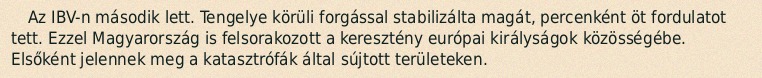
Az IBV-n második lett. Tengelye körüli forgással stabilizálta magát, percenként öt fordulatot tett. Ezzel Magyarország is felsorakozott a keresztény európai királyságok közösségébe. Elsőként jelennek meg a katasztrófák által sújtott területeken.